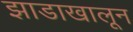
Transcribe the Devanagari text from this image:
झाडाखालून